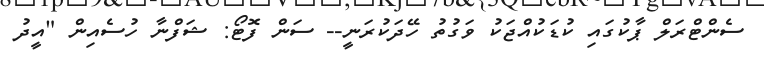
ސެންޓްރަލް ޕާކުގައި ކުޑަކުއްޖަކު ވަގުތު ހޭދަކުރަނީ-- ސަން ފޮޓޯ: ޝަފްނާ ހުސެއިން "އީދު